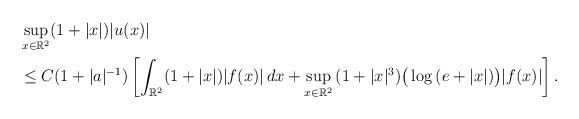
LaTeX: \begin{align*}&\sup_{x\in\mathbb R^2}(1+|x|)|u(x)| \\&\leq C(1+|a|^{-1})\left[\int_{\mathbb R^2}(1+|x|)|f(x)|\,dx+\sup_{x\in\mathbb R^2}\,(1+|x|^3)\big(\log\,(e+|x|)\big)|f(x)|\right].\end{align*}